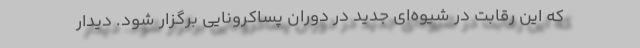
که این رقابت در شیوه‌ای جدید در دوران پساکرونایی برگزار شود. دیدار